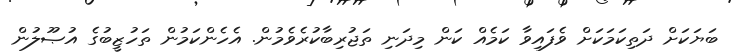
ބަޔަކަށް ދަތިކަމަކަށް ވެފައިވާ ކަމެއް ކަން މިދަނި ތަޖުރިބާކުރެވެމުން. އެހެންކަމުން ތަހުޒީބުގެ އުޞޫލުން